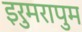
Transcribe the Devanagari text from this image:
इरुमरापुम